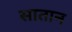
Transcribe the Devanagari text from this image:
सातान